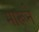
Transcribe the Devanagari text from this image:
मारूने